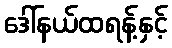
ဒေါ်နယ်ထရန့်နှင့်